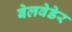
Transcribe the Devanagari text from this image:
बेलवेडेर